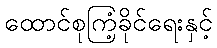
ထောင်စုကြံ့ခိုင်ရေးနှင့်